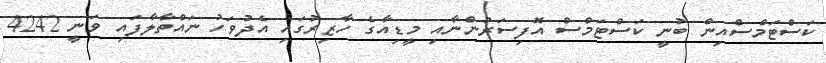
ކަސްޓަމްސްއިން ބުނީ ކަސްޓަމްސް އޮފިސަރުންނާއި މީޑިއާގެ ހާޒިރުގައި އެދުވަހު ނައްތާލާފައި ވަނީ 4242